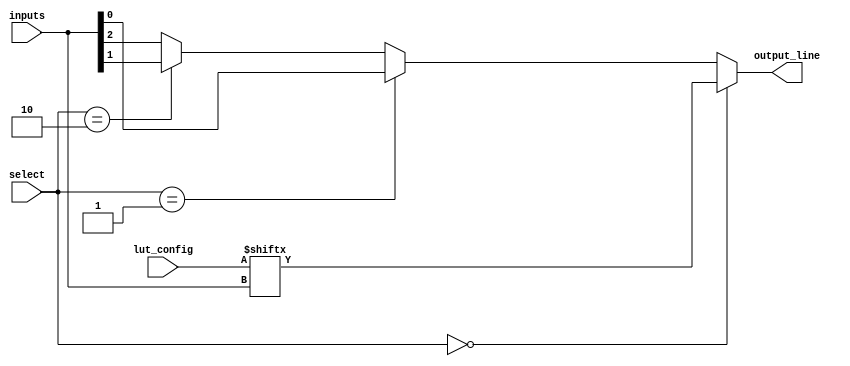
module CLB (
    input wire [3:0] inputs,          // 4 input lines
    input wire [1:0] select,          // Select line for multiplexer
    input wire [15:0] lut_config,     // Configuration for 4-input LUT (16 bits)
    output wire output_line            // Output line
);
    // Internal signals
    wire lut_output;
    wire [3:0] mux_inputs;

    // 4-input LUT implementation
    assign lut_output = lut_config[{inputs[3], inputs[2], inputs[1], inputs[0]}];

    // Multiplexer to select between LUT output and other inputs (for example)
    assign mux_inputs[0] = lut_output; // LUT output
    assign mux_inputs[1] = inputs[0];  // Direct input as alternative
    assign mux_inputs[2] = inputs[1];  // Direct input as alternative
    assign mux_inputs[3] = inputs[2];  // Direct input as alternative

    // 2-to-1 Multiplexer
    assign output_line = (select == 2'b00) ? mux_inputs[0] : 
                         (select == 2'b01) ? mux_inputs[1] : 
                         (select == 2'b10) ? mux_inputs[2] :
                         mux_inputs[3]; // Default to mux_inputs[3]

endmodule